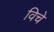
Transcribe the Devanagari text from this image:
विचे